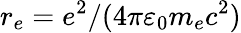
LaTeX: r_{e}=e^{2}/(4\pi\varepsilon_{0}m_{e}c^{2})